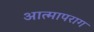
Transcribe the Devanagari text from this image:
आत्मापराग